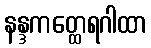
နန္ဒကတ္ထေရဂါထာ